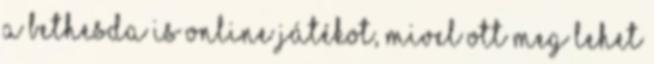
a Bethesda is online játékot, mivel ott meg lehet